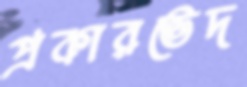
প্রকারভেদ